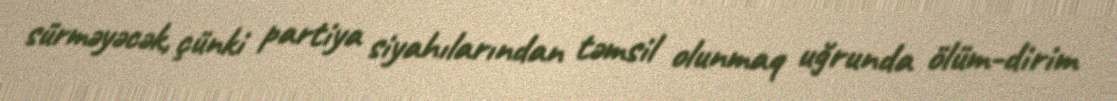
sürməyəcək, çünki partiya siyahılarından təmsil olunmaq uğrunda ölüm-dirim